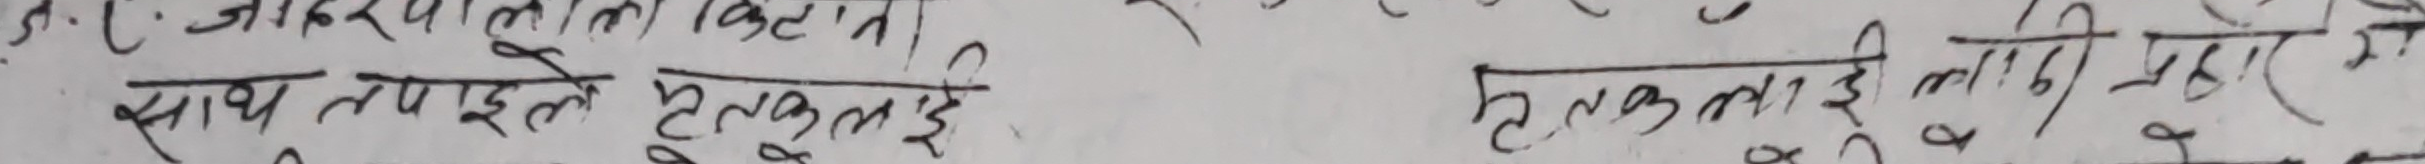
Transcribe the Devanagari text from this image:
ज.जा. जखलाला किसान।
साथ तपइले टुक्राई
हरुकताई लीग्नु पर्दा